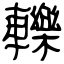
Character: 轢